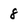
Character: 8